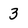
Character: 3